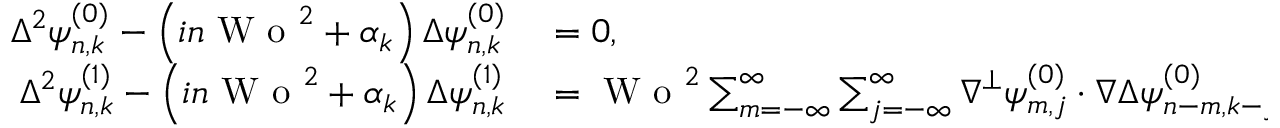
\begin{array} { r l } { \Delta ^ { 2 } \psi _ { n , k } ^ { ( 0 ) } - \left( i n \textrm { W o } ^ { 2 } + \alpha _ { k } \right) \Delta \psi _ { n , k } ^ { ( 0 ) } } & { { } = 0 , } \\ { \Delta ^ { 2 } \psi _ { n , k } ^ { ( 1 ) } - \left( i n \textrm { W o } ^ { 2 } + \alpha _ { k } \right) \Delta \psi _ { n , k } ^ { ( 1 ) } } & { { } = \textrm { W o } ^ { 2 } \sum _ { m = - \infty } ^ { \infty } \sum _ { j = - \infty } ^ { \infty } \nabla ^ { \perp } \psi _ { m , j } ^ { ( 0 ) } \cdot \nabla \Delta \psi _ { n - m , k - j } ^ { ( 0 ) } . } \end{array}